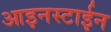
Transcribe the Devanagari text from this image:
आइनस्टाईन